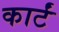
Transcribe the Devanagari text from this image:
कार्टं